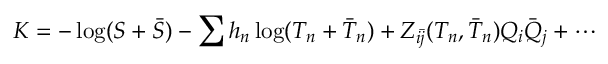
{ \cal K } = - \log ( S + \bar { S } ) - \sum h _ { n } \log ( T _ { n } + \bar { T } _ { n } ) + Z _ { i \bar { j } } ( T _ { n } , \bar { T } _ { n } ) Q _ { i } \bar { Q } _ { j } + \cdots